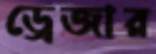
ড্রেজার